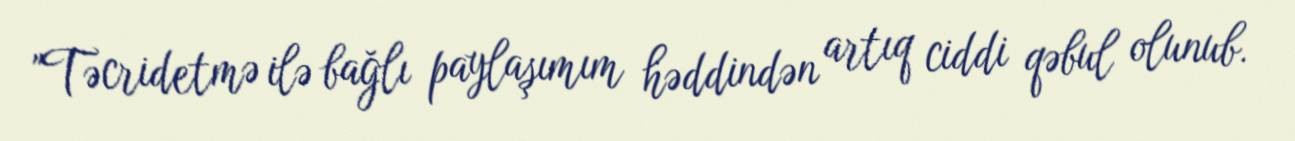
"Təcridetmə ilə bağlı paylaşımım həddindən artıq ciddi qəbul olunub.